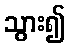
သွား၍